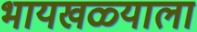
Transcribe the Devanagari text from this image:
भायखळ्याला